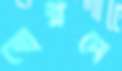
বোরদে